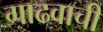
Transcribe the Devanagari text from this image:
गाढवाची